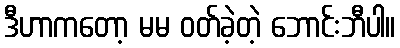
ဒီဟာကတော့ မမ ဝတ်ခဲ့တဲ့ ဘောင်းဘီပါ။